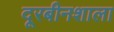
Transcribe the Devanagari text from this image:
दूरबीनशाला